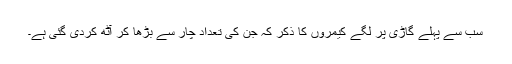
سب سے پہلے گاڑی پر لگے کیمروں کا ذکر کہ جن کی تعداد چار سے بڑھا کر آٹھ کردی گئی ہے۔